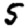
Digit: 5